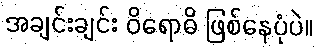
အချင်းချင်း ဝိရောဓိ ဖြစ်နေပုံပဲ။